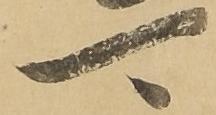
可